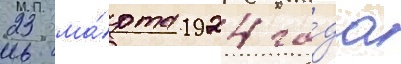
23 ма́рта 1924 го́да